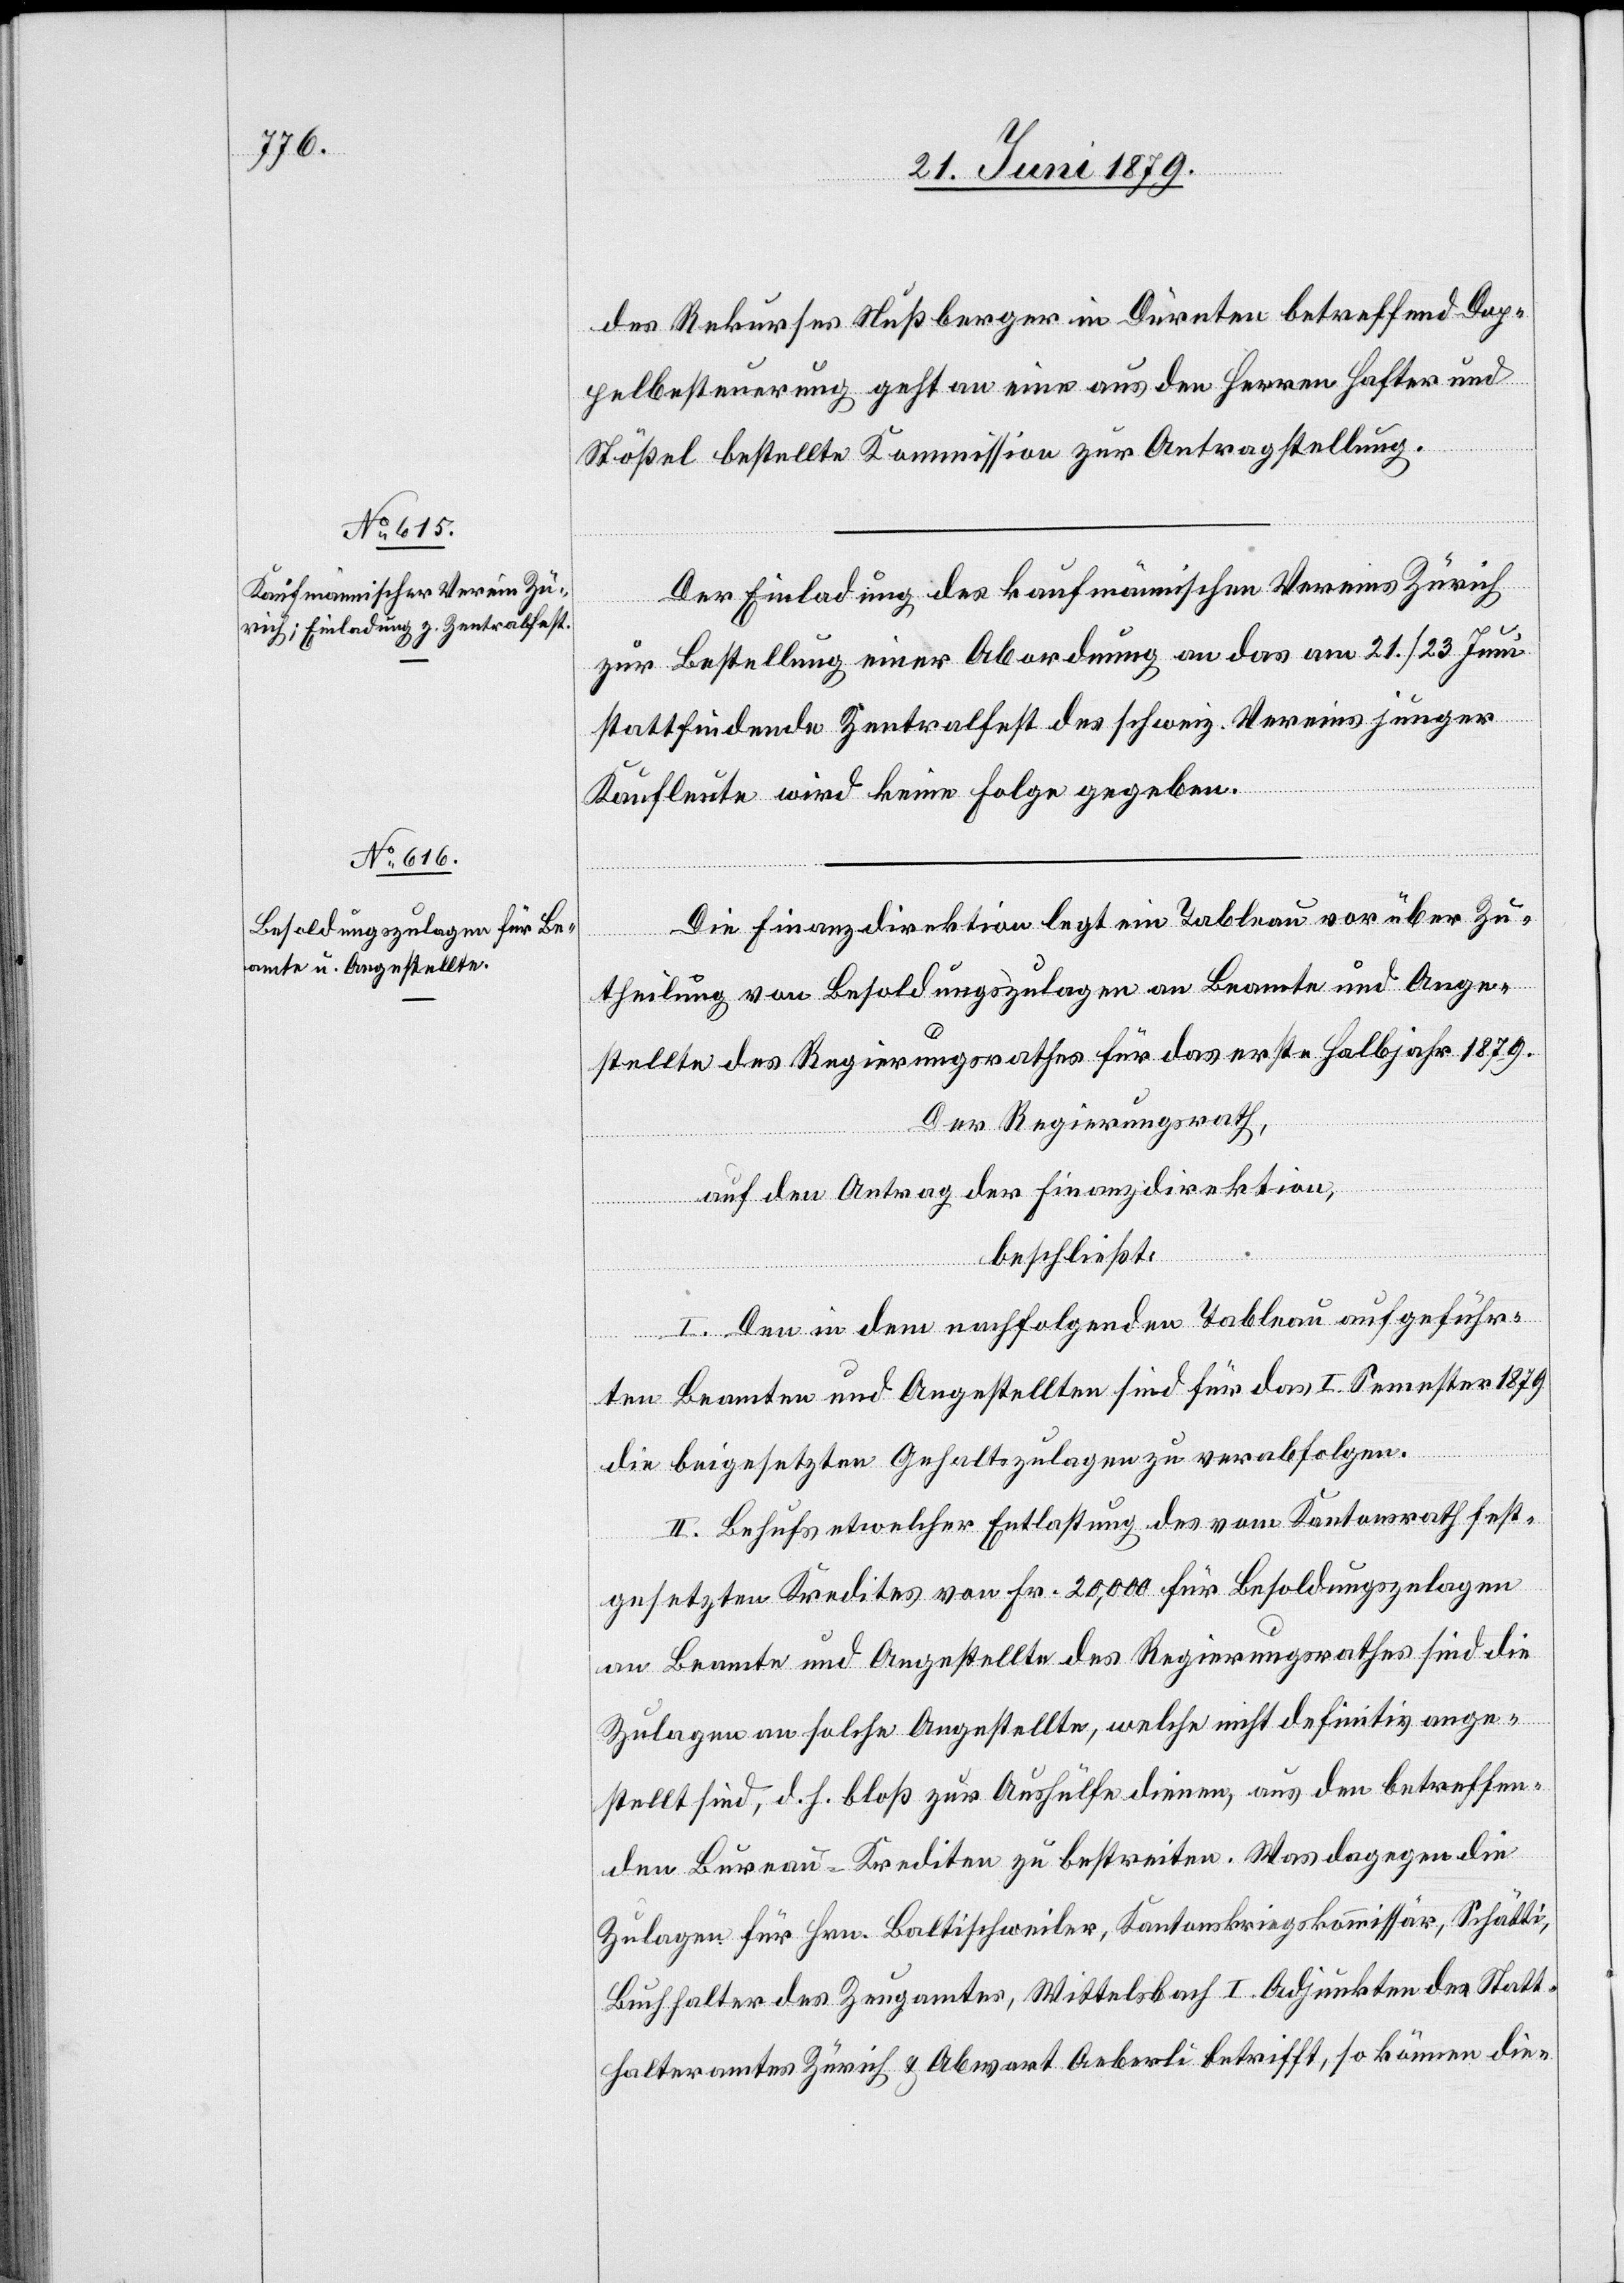
des Rekurses Nußberger in Dürnten betreffend Dop¬
pelbesteuerung geht an eine aus den Herren Hafter und
Stößel bestellte Kommission zur Antragstellung.
Der Einladung des kaufmännischen Vereins Zürich
zur Bestellung einer Abordnung an das am 21./23. Juni
stattfindende Zentralfest des schweiz. Vereins junger
Kaufleute wird keine Folge gegeben.
Die Finanzdirektion legt ein Tableau vor über Zu¬
theilung von Besoldungszulagen an Beamte und Ange¬
stellte des Regierungsrathes für das erste Halbjahr 1879.
Der Regierungsrath,
auf den Antrag der Finanzdirektion,
beschließt:
I. Den in dem nachfolgenden Tableau aufgeführ¬
ten Beamten und Angestellten sind für das I. Semester 1879
die beigesetzten Gehaltszulagen zu verabfolgen.
II. Behufs etwelcher Entlastung des vom Kantonsrath fest¬
gesetzten Kredites von Fr. 20,000 für Besoldungszulagen
an Beamte und Angestellte des Regierungsrathes sind die
Zulagen an solche Angestellte, welche nicht definitiv ange¬
stellt sind, d. h. bloß zur Aushülfe dienen, aus den betreffen¬
den Bureau-Krediten zu bestreiten. Was dagegen die
Zulagen für Hrn. Baltischweiler, Kantonskriegskommissär, Schätti,
Buchhalter des Zeugamtes, Wittelsbach[,] I. Adjunkten des Statt¬
halteramtes Zürich & Abwart Aeberli betrifft, so können die-